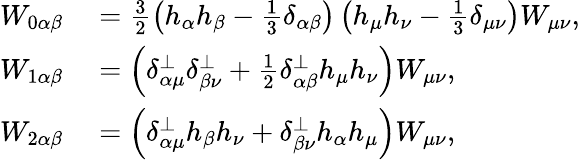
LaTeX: \begin{array}{rl}{W_{0\alpha\beta}}&{{}=\frac{3}{2}\left(h_{\alpha}h_{\beta}-\frac{1}{3}\delta_{\alpha\beta}\right)\left(h_{\mu}h_{\nu}-\frac{1}{3}\delta_{\mu\nu}\right)W_{\mu\nu},}\\ {W_{1\alpha\beta}}&{{}=\left(\delta_{\alpha\mu}^{\perp}\delta_{\beta\nu}^{\perp}+\frac{1}{2}\delta_{\alpha\beta}^{\perp}h_{\mu}h_{\nu}\right)W_{\mu\nu},}\\ {W_{2\alpha\beta}}&{{}=\left(\delta_{\alpha\mu}^{\perp}h_{\beta}h_{\nu}+\delta_{\beta\nu}^{\perp}h_{\alpha}h_{\mu}\right)W_{\mu\nu},}\end{array}